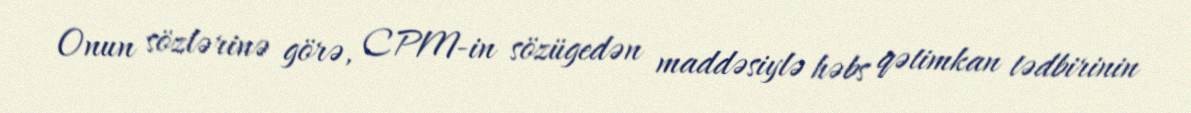
Onun sözlərinə görə, CPM-in sözügedən maddəsiylə həbs qətimkan tədbirinin